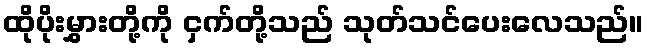
ထိုပိုးမွှားတို့ကို ငှက်တို့သည် သုတ်သင်ပေးလေသည်။